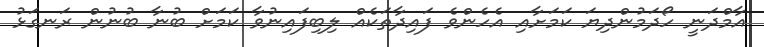
އާމްދަނީ ހޯދަމުންދިޔަ ކަމަށާއި އެހެންވެ ފައިދާތަކެއް ލިބިފައިނުވާ ކަމަށް ބުނާ ބުނުން ރަނގަޅު